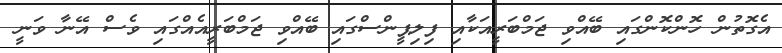
އެގޮތުން ހޮންކޮންގައި ބޭއްވި ޖަމްބަރީއަކާއި ފިލިޕީންސްގައި ބޭއްވި ޖަމްބަރީއެއްގައި ވެސް އޭނާ ވަނީ